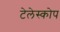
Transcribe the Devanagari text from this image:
टेलेस्कोप